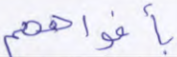
بأفواههم